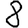
Digit: 8